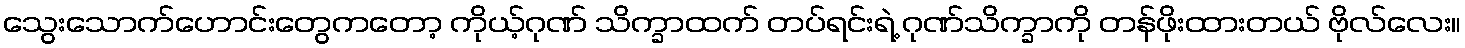
သွေးသောက်ဟောင်းတွေကတော့ ကိုယ့်ဂုဏ် သိက္ခာထက် တပ်ရင်းရဲ့ ဂုဏ်သိက္ခာကို တန်ဖိုးထားတယ် ဗိုလ်လေး။